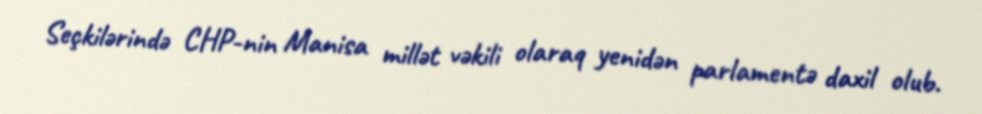
Seçkilərində CHP-nin Manisa millət vəkili olaraq yenidən parlamentə daxil olub.